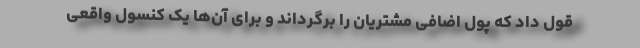
قول داد که پول اضافی مشتریان را برگرداند و برای آن‌ها یک کنسول واقعی